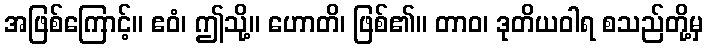
အဖြစ်ကြောင့်။ ဧဝံ၊ ဤသို့။ ဟောတိ၊ ဖြစ်၏။ တာဝ၊ ဒုတိယဝါရ စသည်တို့မှ